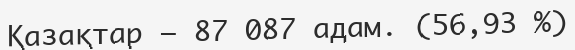
Қазақтар — 87 087 адам. (56,93 %)